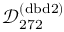
\mathcal { D } _ { 2 7 2 } ^ { ( \mathrm { d b d } 2 ) }